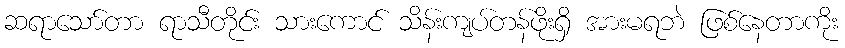
ဆရာသော်တာ ရာသီတိုင်း သားကောင် သိန်းကျပ်တန်ဖိုးရှိ အားမရဘဲ ဖြစ်နေတာကိုး